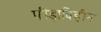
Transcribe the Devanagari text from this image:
पीड़ाविहीन